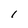
Character: I